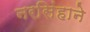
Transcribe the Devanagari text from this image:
नरसिंहाने